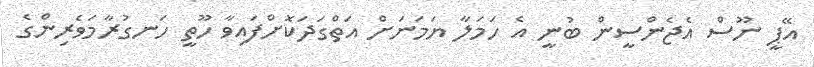
އޭޕީ ނޫސް އެޖެންސީން ބުނީ އެ ހަމަލާ ޔަމަނަށް އަތްގަދަކޮށްފައިވާ ހޫތީ ހަނގުރާމަވެރިންގެ